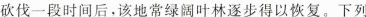
砍伐一段时间后，该地常绿阔叶林逐步得以恢复。下列